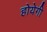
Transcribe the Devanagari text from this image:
होयेगी